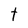
Character: t